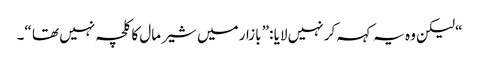
“ لیکن وہ یہ کہہ کر نہیں لایا :” بازار میں شیر مال کا کلچہ نہیں تھا “۔